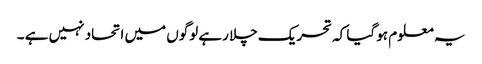
یہ معلوم ہو گیا کہ تحریک چلا رہے لوگوں میں اتحاد نہیں ہے ۔